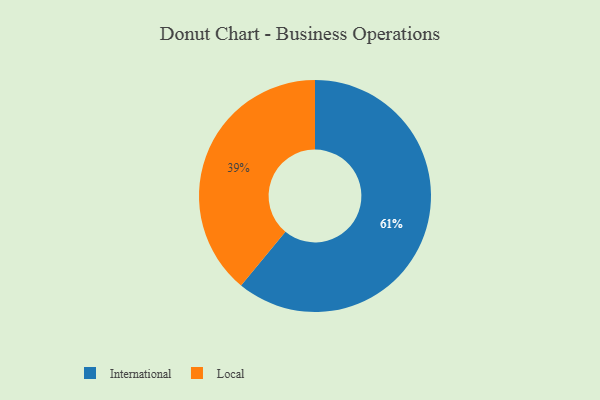
{"axis": {"x": "Category", "y": "Percentage"}, "legend": ["International", "Local"], "data": [{"x": "International", "y": 61, "type": "International"}, {"x": "Local", "y": 39, "type": "Local"}]}